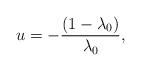
LaTeX: \begin{align*}u = - \frac{(1- \lambda_0)}{\lambda_0},\end{align*}